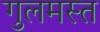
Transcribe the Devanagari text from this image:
गुलमस्त